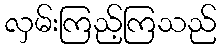
လှမ်းကြည့်ကြသည်